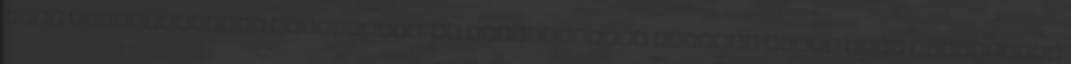
vagy párkapcsolati erőszakról. Az észrevételek alapján amúgy több monitorozó